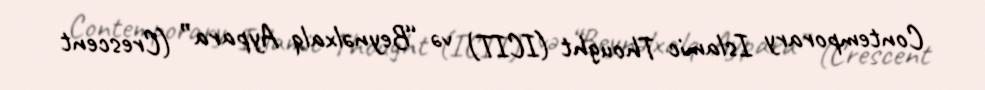
Contemporary Islamic Thought (ICIT) və “Beynəlxalq Aypara” (Crescent